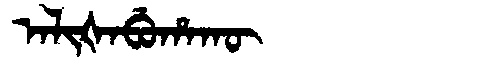
Manchu: ᠠᠯᡳᡧᠠᠪᡠᡥᠠᡴᡡ
Romanization: ALIŠABUHAKŪ